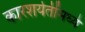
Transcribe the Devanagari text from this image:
कारशर्यतींमध्ये